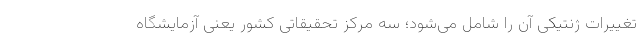
تغییرات ژنتیکی آن را شامل می‌شود؛ سه مرکز تحقیقاتی کشور یعنی آزمایشگاه